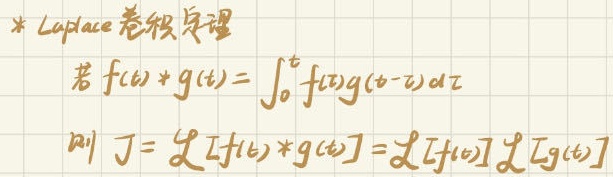
* Laplace卷积定理
若\(f(t)*g(t)=\int_{0}^{t}f(\tau)g(t - \tau)d\tau\)
则\(J = \mathcal{L}[f(t)*g(t)]=\mathcal{L}[f(t)]\mathcal{L}[g(t)]\)